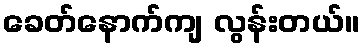
ခေတ်နောက်ကျ လွန်းတယ်။